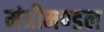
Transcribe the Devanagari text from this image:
मंत्रीमण्‍डल